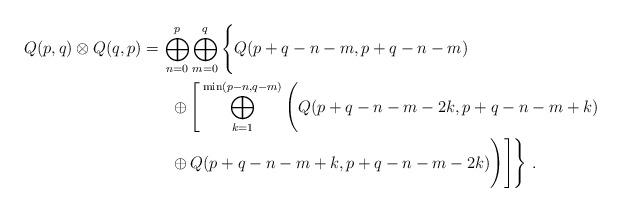
LaTeX: \begin{align*}\begin{aligned} Q(p,q)\otimes Q(q,p) = &\, \bigoplus_{n=0}^{p}\bigoplus_{m=0}^{q}\Bigg\{Q(p+q-n-m,p+q-n-m)\\ & \ \ \oplus \Bigg[\bigoplus_{k=1}^{\min(p-n,q-m)}\Bigg(Q(p+q-n-m-2k,p+q-n-m+k)\\ & \ \ \oplus Q(p+q-n-m+k,p+q-n-m-2k)\Bigg)\Bigg]\Bigg\} \ .\end{aligned}\end{align*}